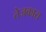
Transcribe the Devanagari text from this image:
तेजकाय